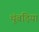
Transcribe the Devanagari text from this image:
थूंबड़िया